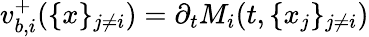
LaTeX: v_{b,i}^{+}(\{ x\} _{j\neq i})=\partial_{t}M_{i}(t,\{ x_{j}\} _{j\neq i})